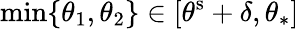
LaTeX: \operatorname*{min}\{ \theta_{1},\theta_{2}\} \in[\theta^{\mathrm{s}}+\delta,\theta_{*}]